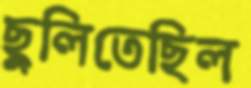
ছুলিতেছিল